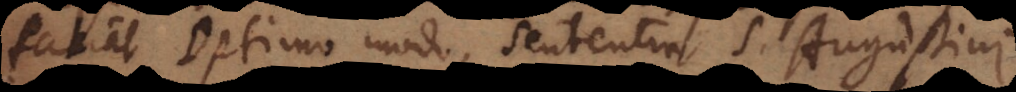
facit optimo modo, sententia S. Augustini.